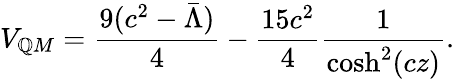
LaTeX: V_{\mathbb{Q}M}=\frac{{9(c^{2}-\bar{{\Lambda}})}}{{4}}-\frac{{15c^{2}}}{{4}}\frac{{1}}{{\cosh^{2}(cz)}}.